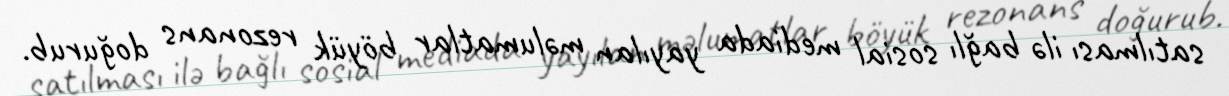
satılması ilə bağlı sosial mediada yayılan məlumatlar böyük rezonans doğurub.